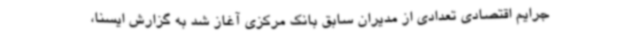
جرایم اقتصادی تعدادی از مدیران سابق بانک مرکزی آغاز شد به گزارش ایسنا،